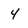
Character: 4